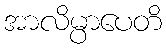
အာလိမ္ပာပေတိ